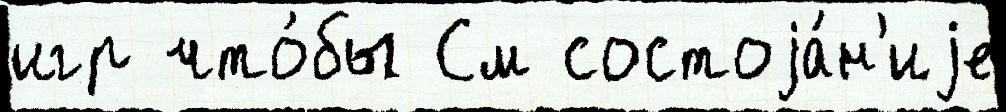
игр что́бы См состоjа́н'иjе